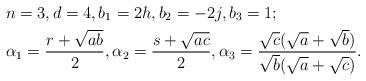
LaTeX: \begin{align*}&n=3,d=4, b_1=2h,b_2=-2j,b_3=1;\\&\alpha_1=\frac{r+\sqrt{ab}}{2},\alpha_2=\frac{s+\sqrt{ac}}{2},\alpha_3=\frac{\sqrt{c}(\sqrt{a}+\sqrt{b})}{\sqrt{b}(\sqrt{a}+\sqrt{c})}.\end{align*}